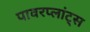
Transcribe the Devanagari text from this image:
पावरप्लांट्स